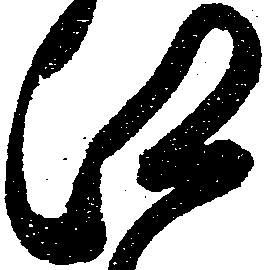
江